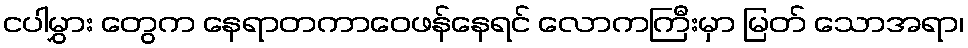
ငပါမွှား တွေက နေရာတကာဝေဖန်နေရင် လောကကြီးမှာ မြတ် သောအရာ၊